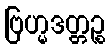
ဗြဟ္မဒတ္တဉ္စ